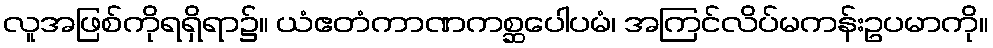
လူအဖြစ်ကိုရရှိရာ၌။ ယံဧတံကာဏကစ္ဆပေါပမံ၊ အကြင်လိပ်မကန်းဥပမာကို။